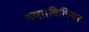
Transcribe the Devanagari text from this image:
गया।विलियम